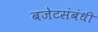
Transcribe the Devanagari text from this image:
बजेटसंबंधी